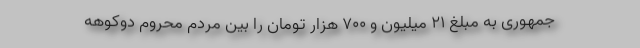
جمهوری به مبلغ 21 میلیون و 700 هزار تومان را بین مردم محروم دوکوهه